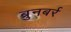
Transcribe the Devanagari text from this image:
ब्रुनबर्र